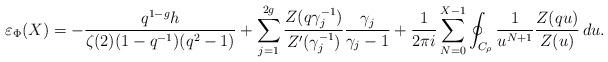
LaTeX: \begin{align*}\varepsilon_\Phi(X) = - \frac{q^{1-g}h}{\zeta(2)(1-q^{-1})(q^2-1)} + \sum_{j=1}^{2g} \frac{Z(q \gamma_j^{-1})}{Z'(\gamma_j^{-1})} \frac{\gamma_j}{\gamma_j - 1} + \frac{1}{2 \pi i} \sum_{N = 0}^{X-1}\oint_{C_\rho} \frac{1}{u^{N+1}}\frac{Z(qu)}{Z(u)} \,du.\end{align*}